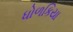
ધોળકિયા